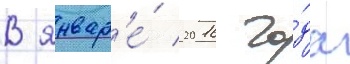
В январ'е́ 2016 го́да